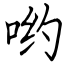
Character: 哟